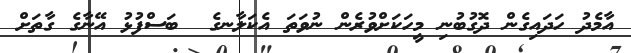
އާމެދު ހަދައިގެން ދޮގުބުނި މީހަކަށްވުރެން ނުވަތަ އެކަލާނގެ  ބަސްފުޅު އޭނާގެ ގާތަށް